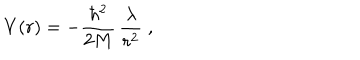
V ( r ) = - \frac { \hbar ^ { 2 } } { 2 M } \, \frac { \lambda } { r ^ { 2 } } \; ,